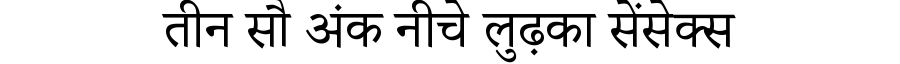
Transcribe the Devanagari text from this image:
तीन सौ अंक नीचे लुढ़का सेंसेक्स